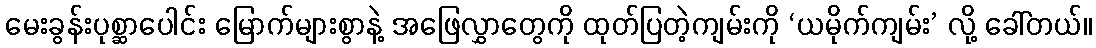
မေးခွန်းပုစ္ဆာပေါင်း မြောက်များစွာနဲ့ အဖြေလွှာတွေကို ထုတ်ပြတဲ့ကျမ်းကို ‘ယမိုက်ကျမ်း’ လို့ ခေါ်တယ်။